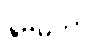
နိုဗမ်ဘာ